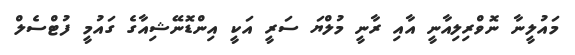
މައުލީނާ ނޮވްރިލިއާނީ އާއި ރާނީ މުލްޔަ ސަރީ އަކީ އިންޑޮނޭޝިއާގެ ގައުމީ ފުޓްސެލް